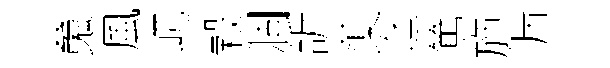
䰟風屼榖涸訢蕖迄篤斾漏